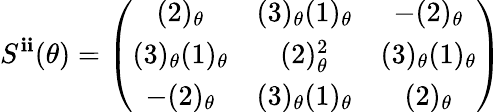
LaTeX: S^{\mathbf{i}\mathbf{i}}(\theta)=\left(\begin{array}{ccc}{{(2)_{\theta}}}&{{(3)_{\theta}(1)_{\theta}}}&{{-(2)_{\theta}}}\\ {{(3)_{\theta}(1)_{\theta}}}&{{(2)_{\theta}^{2}}}&{{(3)_{\theta}(1)_{\theta}}}\\ {{-(2)_{\theta}}}&{{(3)_{\theta}(1)_{\theta}}}&{{(2)_{\theta}}}\end{array}\right)